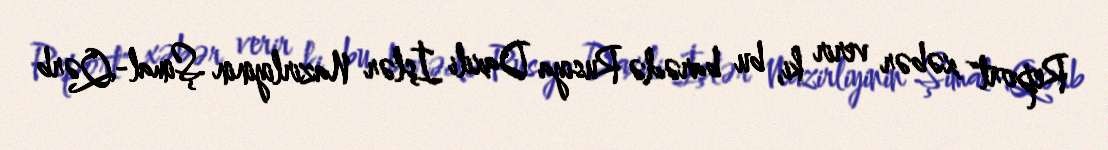
Report" xəbər verir ki, bu barədə Rusiya Daxili İşlər Nazirliyinin Şimal-Qərb